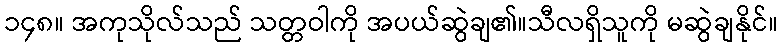
၁၄၈။ အကုသိုလ်သည် သတ္တဝါကို အပယ်ဆွဲချ၏။သီလရှိသူကို မဆွဲချနိုင်။